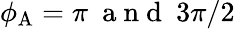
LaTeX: \phi_{\mathrm{A}}=\pi\ \mathrm{~a~n~d~}\ 3\pi/2